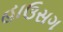
હાઉસગ